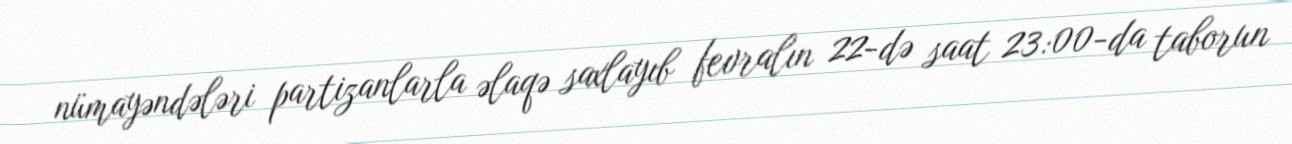
nümayəndələri partizanlarla əlaqə saxlayıb fevralın 22-də saat 23:00-da taborun